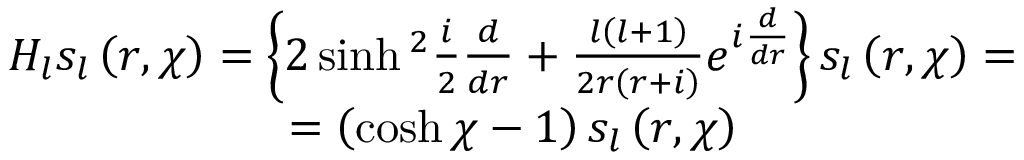
\begin{array} { c } { { H _ { l } s _ { l } \left( r , \chi \right) = \left\{ 2 \sinh { } ^ { 2 } \frac { i } { 2 } \frac { d } { d r } + \frac { l \left( l + 1 \right) } { 2 r \left( r + i \right) } e ^ { i \frac { d } { d r } } \right\} s _ { l } \left( r , \chi \right) = } } \\ { { = \left( \cosh \chi - 1 \right) s _ { l } \left( r , \chi \right) } } \end{array}